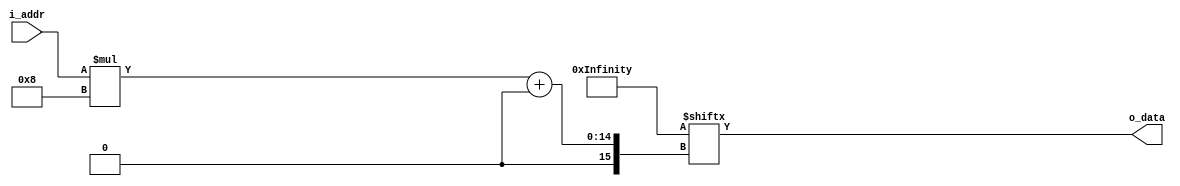
// This program was cloned from: https://github.com/Efinix-Inc/xyloni
// License: MIT License

module ov5640_reg
(
	input	[9:0]i_addr,
	output	[7:0]o_data
);

wire	[(1024*8)-1:0]w_ov5640_reg;
//Initial Setting
assign	{w_ov5640_reg[(0  *24)+0*8+:8], w_ov5640_reg[(0  *24)+1*8+:8], w_ov5640_reg[(0  *24)+2*8+:8]}	= 24'h310311; // PLL Clock Select [7:2]DEBUG MODE [1]:PLL From Pad [0] DEBUG MODE
assign	{w_ov5640_reg[(1  *24)+0*8+:8], w_ov5640_reg[(1  *24)+1*8+:8], w_ov5640_reg[(1  *24)+2*8+:8]}	= 24'h300882; //SYSTEM CTROL0 System Control [7] Softwre Reset [6] Software Power Down [5:0] Debug mode
assign	{w_ov5640_reg[(2  *24)+0*8+:8], w_ov5640_reg[(2  *24)+1*8+:8], w_ov5640_reg[(2  *24)+2*8+:8]}	= 24'h300842; //SYSTEM CTROL0 System Control [7] Softwre Reset [6] Software Power Down [5:0] Debug mode
assign	{w_ov5640_reg[(3  *24)+0*8+:8], w_ov5640_reg[(3  *24)+1*8+:8], w_ov5640_reg[(3  *24)+2*8+:8]}	= 24'h310303; //SCCB SYSTEM CTRL1 PLL Clock Select [7:2]DEBUG MODE [1]:PLL From Pad [0] DEBUG MODE
assign	{w_ov5640_reg[(4  *24)+0*8+:8], w_ov5640_reg[(4  *24)+1*8+:8], w_ov5640_reg[(4  *24)+2*8+:8]}	= 24'h3017ff; //PAD OUTPUT ENABLE 01 Input/Output Control (0: input; 1: output) [7]FREX OUTPUT EN [6] VSYNC OUTPUT ENA [5] HREF OUTPUT ENA [4] PCLK OUTPUT ENA [3:0] D[9:6] OUTPUT ENA
assign	{w_ov5640_reg[(5  *24)+0*8+:8], w_ov5640_reg[(5  *24)+1*8+:8], w_ov5640_reg[(5  *24)+2*8+:8]}	= 24'h302c02; //PAD CONTROL 00 Pad Control [7:6] OUTPUT DRIVE CAPABILITY 00:1x 01:2x 10:3x 11:4x [5:2] DEBUG MODE [1]FREX ENA [0] DEBUG MODE
assign	{w_ov5640_reg[(6  *24)+0*8+:8], w_ov5640_reg[(6  *24)+1*8+:8], w_ov5640_reg[(6  *24)+2*8+:8]}	= 24'h3018ff; //PAD OUTPUT ENABLE 02 Input/Output Control (0: input; 1: output) [7:2] D[5:0] OUTPUT ENA [1] GPIO1 OUTPUT ENA [0] GPIO0 OUTPUT ENA
assign	{w_ov5640_reg[(7  *24)+0*8+:8], w_ov5640_reg[(7  *24)+1*8+:8], w_ov5640_reg[(7  *24)+2*8+:8]}	= 24'h30341A; //SC PLL CONTRL0 [7] DEBUG MODE [6:4] PLL CHARGE PUMP CONTORL [3:0] SACLE DIVIDER FOR MIPI
assign	{w_ov5640_reg[(8  *24)+0*8+:8], w_ov5640_reg[(8  *24)+1*8+:8], w_ov5640_reg[(8  *24)+2*8+:8]}	= 24'h303713; //SC PLL CONTRL3 [7:5] DEBUG MODE [4] PLL ROOT DIVIDER 0:BYPASS 1:DIV2 [3:0] PLL PRE-DIVIDER 1,2,3,4,6,8
assign	{w_ov5640_reg[(9  *24)+0*8+:8], w_ov5640_reg[(9  *24)+1*8+:8], w_ov5640_reg[(9  *24)+2*8+:8]}	= 24'h310801; //PAD OUTPUT ENABLE 02 Input/Output Control (0: input; 1: output) [7:2] D[5:0] OUTPUT ENA [1] GPIO1 OUTPUT ENA [0] GPIO0 OUTPUT ENA
assign	{w_ov5640_reg[(10 *24)+0*8+:8], w_ov5640_reg[(10 *24)+1*8+:8], w_ov5640_reg[(10 *24)+2*8+:8]}	= 24'h363036; //
assign	{w_ov5640_reg[(11 *24)+0*8+:8], w_ov5640_reg[(11 *24)+1*8+:8], w_ov5640_reg[(11 *24)+2*8+:8]}	= 24'h36310e;
assign	{w_ov5640_reg[(12 *24)+0*8+:8], w_ov5640_reg[(12 *24)+1*8+:8], w_ov5640_reg[(12 *24)+2*8+:8]}	= 24'h3632e2;
assign	{w_ov5640_reg[(13 *24)+0*8+:8], w_ov5640_reg[(13 *24)+1*8+:8], w_ov5640_reg[(13 *24)+2*8+:8]}	= 24'h363312;
assign	{w_ov5640_reg[(14 *24)+0*8+:8], w_ov5640_reg[(14 *24)+1*8+:8], w_ov5640_reg[(14 *24)+2*8+:8]}	= 24'h3621e0;
assign	{w_ov5640_reg[(15 *24)+0*8+:8], w_ov5640_reg[(15 *24)+1*8+:8], w_ov5640_reg[(15 *24)+2*8+:8]}	= 24'h3704a0;
assign	{w_ov5640_reg[(16 *24)+0*8+:8], w_ov5640_reg[(16 *24)+1*8+:8], w_ov5640_reg[(16 *24)+2*8+:8]}	= 24'h37035a;
assign	{w_ov5640_reg[(17 *24)+0*8+:8], w_ov5640_reg[(17 *24)+1*8+:8], w_ov5640_reg[(17 *24)+2*8+:8]}	= 24'h371578;
assign	{w_ov5640_reg[(18 *24)+0*8+:8], w_ov5640_reg[(18 *24)+1*8+:8], w_ov5640_reg[(18 *24)+2*8+:8]}	= 24'h371701;
assign	{w_ov5640_reg[(19 *24)+0*8+:8], w_ov5640_reg[(19 *24)+1*8+:8], w_ov5640_reg[(19 *24)+2*8+:8]}	= 24'h370b60;
assign	{w_ov5640_reg[(20 *24)+0*8+:8], w_ov5640_reg[(20 *24)+1*8+:8], w_ov5640_reg[(20 *24)+2*8+:8]}	= 24'h37051a;
assign	{w_ov5640_reg[(21 *24)+0*8+:8], w_ov5640_reg[(21 *24)+1*8+:8], w_ov5640_reg[(21 *24)+2*8+:8]}	= 24'h390502;
assign	{w_ov5640_reg[(22 *24)+0*8+:8], w_ov5640_reg[(22 *24)+1*8+:8], w_ov5640_reg[(22 *24)+2*8+:8]}	= 24'h390610;
assign	{w_ov5640_reg[(23 *24)+0*8+:8], w_ov5640_reg[(23 *24)+1*8+:8], w_ov5640_reg[(23 *24)+2*8+:8]}	= 24'h39010a;
assign	{w_ov5640_reg[(24 *24)+0*8+:8], w_ov5640_reg[(24 *24)+1*8+:8], w_ov5640_reg[(24 *24)+2*8+:8]}	= 24'h373112;
assign	{w_ov5640_reg[(25 *24)+0*8+:8], w_ov5640_reg[(25 *24)+1*8+:8], w_ov5640_reg[(25 *24)+2*8+:8]}	= 24'h360008;
assign	{w_ov5640_reg[(26 *24)+0*8+:8], w_ov5640_reg[(26 *24)+1*8+:8], w_ov5640_reg[(26 *24)+2*8+:8]}	= 24'h360133;
assign	{w_ov5640_reg[(27 *24)+0*8+:8], w_ov5640_reg[(27 *24)+1*8+:8], w_ov5640_reg[(27 *24)+2*8+:8]}	= 24'h302d60;
assign	{w_ov5640_reg[(28 *24)+0*8+:8], w_ov5640_reg[(28 *24)+1*8+:8], w_ov5640_reg[(28 *24)+2*8+:8]}	= 24'h362052;
assign	{w_ov5640_reg[(29 *24)+0*8+:8], w_ov5640_reg[(29 *24)+1*8+:8], w_ov5640_reg[(29 *24)+2*8+:8]}	= 24'h371b20;
assign	{w_ov5640_reg[(30 *24)+0*8+:8], w_ov5640_reg[(30 *24)+1*8+:8], w_ov5640_reg[(30 *24)+2*8+:8]}	= 24'h471c50;
assign	{w_ov5640_reg[(31 *24)+0*8+:8], w_ov5640_reg[(31 *24)+1*8+:8], w_ov5640_reg[(31 *24)+2*8+:8]}	= 24'h3a1343;
assign	{w_ov5640_reg[(32 *24)+0*8+:8], w_ov5640_reg[(32 *24)+1*8+:8], w_ov5640_reg[(32 *24)+2*8+:8]}	= 24'h3a1800;
assign	{w_ov5640_reg[(33 *24)+0*8+:8], w_ov5640_reg[(33 *24)+1*8+:8], w_ov5640_reg[(33 *24)+2*8+:8]}	= 24'h3a19f8;
assign	{w_ov5640_reg[(34 *24)+0*8+:8], w_ov5640_reg[(34 *24)+1*8+:8], w_ov5640_reg[(34 *24)+2*8+:8]}	= 24'h363513;
assign	{w_ov5640_reg[(35 *24)+0*8+:8], w_ov5640_reg[(35 *24)+1*8+:8], w_ov5640_reg[(35 *24)+2*8+:8]}	= 24'h363603;
assign	{w_ov5640_reg[(36 *24)+0*8+:8], w_ov5640_reg[(36 *24)+1*8+:8], w_ov5640_reg[(36 *24)+2*8+:8]}	= 24'h363440;
assign	{w_ov5640_reg[(37 *24)+0*8+:8], w_ov5640_reg[(37 *24)+1*8+:8], w_ov5640_reg[(37 *24)+2*8+:8]}	= 24'h362201;
// 50/60Hz detection
assign	{w_ov5640_reg[(38 *24)+0*8+:8], w_ov5640_reg[(38 *24)+1*8+:8], w_ov5640_reg[(38 *24)+2*8+:8]}	= 24'h3c0134;
assign	{w_ov5640_reg[(39 *24)+0*8+:8], w_ov5640_reg[(39 *24)+1*8+:8], w_ov5640_reg[(39 *24)+2*8+:8]}	= 24'h3c0428;
assign	{w_ov5640_reg[(40 *24)+0*8+:8], w_ov5640_reg[(40 *24)+1*8+:8], w_ov5640_reg[(40 *24)+2*8+:8]}	= 24'h3c0598;
assign	{w_ov5640_reg[(41 *24)+0*8+:8], w_ov5640_reg[(41 *24)+1*8+:8], w_ov5640_reg[(41 *24)+2*8+:8]}	= 24'h3c0600;
assign	{w_ov5640_reg[(42 *24)+0*8+:8], w_ov5640_reg[(42 *24)+1*8+:8], w_ov5640_reg[(42 *24)+2*8+:8]}	= 24'h3c0708;
assign	{w_ov5640_reg[(43 *24)+0*8+:8], w_ov5640_reg[(43 *24)+1*8+:8], w_ov5640_reg[(43 *24)+2*8+:8]}	= 24'h3c0800;
assign	{w_ov5640_reg[(44 *24)+0*8+:8], w_ov5640_reg[(44 *24)+1*8+:8], w_ov5640_reg[(44 *24)+2*8+:8]}	= 24'h3c091c;
assign	{w_ov5640_reg[(45 *24)+0*8+:8], w_ov5640_reg[(45 *24)+1*8+:8], w_ov5640_reg[(45 *24)+2*8+:8]}	= 24'h3c0a9c;
assign	{w_ov5640_reg[(46 *24)+0*8+:8], w_ov5640_reg[(46 *24)+1*8+:8], w_ov5640_reg[(46 *24)+2*8+:8]}	= 24'h3c0b40;
assign	{w_ov5640_reg[(47 *24)+0*8+:8], w_ov5640_reg[(47 *24)+1*8+:8], w_ov5640_reg[(47 *24)+2*8+:8]}	= 24'h381000;
assign	{w_ov5640_reg[(48 *24)+0*8+:8], w_ov5640_reg[(48 *24)+1*8+:8], w_ov5640_reg[(48 *24)+2*8+:8]}	= 24'h381110;
assign	{w_ov5640_reg[(49 *24)+0*8+:8], w_ov5640_reg[(49 *24)+1*8+:8], w_ov5640_reg[(49 *24)+2*8+:8]}	= 24'h381200;
assign	{w_ov5640_reg[(50 *24)+0*8+:8], w_ov5640_reg[(50 *24)+1*8+:8], w_ov5640_reg[(50 *24)+2*8+:8]}	= 24'h370864;
assign	{w_ov5640_reg[(51 *24)+0*8+:8], w_ov5640_reg[(51 *24)+1*8+:8], w_ov5640_reg[(51 *24)+2*8+:8]}	= 24'h400102;
assign	{w_ov5640_reg[(52 *24)+0*8+:8], w_ov5640_reg[(52 *24)+1*8+:8], w_ov5640_reg[(52 *24)+2*8+:8]}	= 24'h40051a;
assign	{w_ov5640_reg[(53 *24)+0*8+:8], w_ov5640_reg[(53 *24)+1*8+:8], w_ov5640_reg[(53 *24)+2*8+:8]}	= 24'h300000;
assign	{w_ov5640_reg[(54 *24)+0*8+:8], w_ov5640_reg[(54 *24)+1*8+:8], w_ov5640_reg[(54 *24)+2*8+:8]}	= 24'h3004ff;
assign	{w_ov5640_reg[(55 *24)+0*8+:8], w_ov5640_reg[(55 *24)+1*8+:8], w_ov5640_reg[(55 *24)+2*8+:8]}	= 24'h300e58;
assign	{w_ov5640_reg[(56 *24)+0*8+:8], w_ov5640_reg[(56 *24)+1*8+:8], w_ov5640_reg[(56 *24)+2*8+:8]}	= 24'h302e00;
assign	{w_ov5640_reg[(57 *24)+0*8+:8], w_ov5640_reg[(57 *24)+1*8+:8], w_ov5640_reg[(57 *24)+2*8+:8]}	= 24'h430060;
assign	{w_ov5640_reg[(58 *24)+0*8+:8], w_ov5640_reg[(58 *24)+1*8+:8], w_ov5640_reg[(58 *24)+2*8+:8]}	= 24'h501f01;
assign	{w_ov5640_reg[(59 *24)+0*8+:8], w_ov5640_reg[(59 *24)+1*8+:8], w_ov5640_reg[(59 *24)+2*8+:8]}	= 24'h440e00;
assign	{w_ov5640_reg[(60 *24)+0*8+:8], w_ov5640_reg[(60 *24)+1*8+:8], w_ov5640_reg[(60 *24)+2*8+:8]}	= 24'h5000a7;
// AEC target
assign	{w_ov5640_reg[(61 *24)+0*8+:8], w_ov5640_reg[(61 *24)+1*8+:8], w_ov5640_reg[(61 *24)+2*8+:8]}	= 24'h3a0f30;
assign	{w_ov5640_reg[(62 *24)+0*8+:8], w_ov5640_reg[(62 *24)+1*8+:8], w_ov5640_reg[(62 *24)+2*8+:8]}	= 24'h3a1028;
assign	{w_ov5640_reg[(63 *24)+0*8+:8], w_ov5640_reg[(63 *24)+1*8+:8], w_ov5640_reg[(63 *24)+2*8+:8]}	= 24'h3a1b30;
assign	{w_ov5640_reg[(64 *24)+0*8+:8], w_ov5640_reg[(64 *24)+1*8+:8], w_ov5640_reg[(64 *24)+2*8+:8]}	= 24'h3a1e26;
assign	{w_ov5640_reg[(65 *24)+0*8+:8], w_ov5640_reg[(65 *24)+1*8+:8], w_ov5640_reg[(65 *24)+2*8+:8]}	= 24'h3a1160;
assign	{w_ov5640_reg[(66 *24)+0*8+:8], w_ov5640_reg[(66 *24)+1*8+:8], w_ov5640_reg[(66 *24)+2*8+:8]}	= 24'h3a1f14;
// Lens correction 
assign	{w_ov5640_reg[(67 *24)+0*8+:8], w_ov5640_reg[(67 *24)+1*8+:8], w_ov5640_reg[(67 *24)+2*8+:8]}	= 24'h580023;
assign	{w_ov5640_reg[(68 *24)+0*8+:8], w_ov5640_reg[(68 *24)+1*8+:8], w_ov5640_reg[(68 *24)+2*8+:8]}	= 24'h580114;
assign	{w_ov5640_reg[(69 *24)+0*8+:8], w_ov5640_reg[(69 *24)+1*8+:8], w_ov5640_reg[(69 *24)+2*8+:8]}	= 24'h58020f;
assign	{w_ov5640_reg[(70 *24)+0*8+:8], w_ov5640_reg[(70 *24)+1*8+:8], w_ov5640_reg[(70 *24)+2*8+:8]}	= 24'h58030f;
assign	{w_ov5640_reg[(71 *24)+0*8+:8], w_ov5640_reg[(71 *24)+1*8+:8], w_ov5640_reg[(71 *24)+2*8+:8]}	= 24'h580412;
assign	{w_ov5640_reg[(72 *24)+0*8+:8], w_ov5640_reg[(72 *24)+1*8+:8], w_ov5640_reg[(72 *24)+2*8+:8]}	= 24'h580526;
assign	{w_ov5640_reg[(73 *24)+0*8+:8], w_ov5640_reg[(73 *24)+1*8+:8], w_ov5640_reg[(73 *24)+2*8+:8]}	= 24'h58060c;
assign	{w_ov5640_reg[(74 *24)+0*8+:8], w_ov5640_reg[(74 *24)+1*8+:8], w_ov5640_reg[(74 *24)+2*8+:8]}	= 24'h580708;
assign	{w_ov5640_reg[(75 *24)+0*8+:8], w_ov5640_reg[(75 *24)+1*8+:8], w_ov5640_reg[(75 *24)+2*8+:8]}	= 24'h580805;
assign	{w_ov5640_reg[(76 *24)+0*8+:8], w_ov5640_reg[(76 *24)+1*8+:8], w_ov5640_reg[(76 *24)+2*8+:8]}	= 24'h580905;
assign	{w_ov5640_reg[(77 *24)+0*8+:8], w_ov5640_reg[(77 *24)+1*8+:8], w_ov5640_reg[(77 *24)+2*8+:8]}	= 24'h580a08;
assign	{w_ov5640_reg[(78 *24)+0*8+:8], w_ov5640_reg[(78 *24)+1*8+:8], w_ov5640_reg[(78 *24)+2*8+:8]}	= 24'h580b0d;
assign	{w_ov5640_reg[(79 *24)+0*8+:8], w_ov5640_reg[(79 *24)+1*8+:8], w_ov5640_reg[(79 *24)+2*8+:8]}	= 24'h580c08;
assign	{w_ov5640_reg[(80 *24)+0*8+:8], w_ov5640_reg[(80 *24)+1*8+:8], w_ov5640_reg[(80 *24)+2*8+:8]}	= 24'h580d03;
assign	{w_ov5640_reg[(81 *24)+0*8+:8], w_ov5640_reg[(81 *24)+1*8+:8], w_ov5640_reg[(81 *24)+2*8+:8]}	= 24'h580e00;
assign	{w_ov5640_reg[(82 *24)+0*8+:8], w_ov5640_reg[(82 *24)+1*8+:8], w_ov5640_reg[(82 *24)+2*8+:8]}	= 24'h580f00;
assign	{w_ov5640_reg[(83 *24)+0*8+:8], w_ov5640_reg[(83 *24)+1*8+:8], w_ov5640_reg[(83 *24)+2*8+:8]}	= 24'h581003;
assign	{w_ov5640_reg[(84 *24)+0*8+:8], w_ov5640_reg[(84 *24)+1*8+:8], w_ov5640_reg[(84 *24)+2*8+:8]}	= 24'h581109;
assign	{w_ov5640_reg[(85 *24)+0*8+:8], w_ov5640_reg[(85 *24)+1*8+:8], w_ov5640_reg[(85 *24)+2*8+:8]}	= 24'h581207;
assign	{w_ov5640_reg[(86 *24)+0*8+:8], w_ov5640_reg[(86 *24)+1*8+:8], w_ov5640_reg[(86 *24)+2*8+:8]}	= 24'h581303;
assign	{w_ov5640_reg[(87 *24)+0*8+:8], w_ov5640_reg[(87 *24)+1*8+:8], w_ov5640_reg[(87 *24)+2*8+:8]}	= 24'h581400;
assign	{w_ov5640_reg[(88 *24)+0*8+:8], w_ov5640_reg[(88 *24)+1*8+:8], w_ov5640_reg[(88 *24)+2*8+:8]}	= 24'h581501;
assign	{w_ov5640_reg[(89 *24)+0*8+:8], w_ov5640_reg[(89 *24)+1*8+:8], w_ov5640_reg[(89 *24)+2*8+:8]}	= 24'h581603;
assign	{w_ov5640_reg[(90 *24)+0*8+:8], w_ov5640_reg[(90 *24)+1*8+:8], w_ov5640_reg[(90 *24)+2*8+:8]}	= 24'h581708;
assign	{w_ov5640_reg[(91 *24)+0*8+:8], w_ov5640_reg[(91 *24)+1*8+:8], w_ov5640_reg[(91 *24)+2*8+:8]}	= 24'h58180d;
assign	{w_ov5640_reg[(92 *24)+0*8+:8], w_ov5640_reg[(92 *24)+1*8+:8], w_ov5640_reg[(92 *24)+2*8+:8]}	= 24'h581908;
assign	{w_ov5640_reg[(93 *24)+0*8+:8], w_ov5640_reg[(93 *24)+1*8+:8], w_ov5640_reg[(93 *24)+2*8+:8]}	= 24'h581a05;
assign	{w_ov5640_reg[(94 *24)+0*8+:8], w_ov5640_reg[(94 *24)+1*8+:8], w_ov5640_reg[(94 *24)+2*8+:8]}	= 24'h581b06;
assign	{w_ov5640_reg[(95 *24)+0*8+:8], w_ov5640_reg[(95 *24)+1*8+:8], w_ov5640_reg[(95 *24)+2*8+:8]}	= 24'h581c08;
assign	{w_ov5640_reg[(96 *24)+0*8+:8], w_ov5640_reg[(96 *24)+1*8+:8], w_ov5640_reg[(96 *24)+2*8+:8]}	= 24'h581d0e;
assign	{w_ov5640_reg[(97 *24)+0*8+:8], w_ov5640_reg[(97 *24)+1*8+:8], w_ov5640_reg[(97 *24)+2*8+:8]}	= 24'h581e29;
assign	{w_ov5640_reg[(98 *24)+0*8+:8], w_ov5640_reg[(98 *24)+1*8+:8], w_ov5640_reg[(98 *24)+2*8+:8]}	= 24'h581f17;
assign	{w_ov5640_reg[(99 *24)+0*8+:8], w_ov5640_reg[(99 *24)+1*8+:8], w_ov5640_reg[(99 *24)+2*8+:8]}	= 24'h582011;
assign	{w_ov5640_reg[(100*24)+0*8+:8], w_ov5640_reg[(100*24)+1*8+:8], w_ov5640_reg[(100*24)+2*8+:8]}	= 24'h582111;
assign	{w_ov5640_reg[(101*24)+0*8+:8], w_ov5640_reg[(101*24)+1*8+:8], w_ov5640_reg[(101*24)+2*8+:8]}	= 24'h582215;
assign	{w_ov5640_reg[(102*24)+0*8+:8], w_ov5640_reg[(102*24)+1*8+:8], w_ov5640_reg[(102*24)+2*8+:8]}	= 24'h582328;
assign	{w_ov5640_reg[(103*24)+0*8+:8], w_ov5640_reg[(103*24)+1*8+:8], w_ov5640_reg[(103*24)+2*8+:8]}	= 24'h582446;
assign	{w_ov5640_reg[(104*24)+0*8+:8], w_ov5640_reg[(104*24)+1*8+:8], w_ov5640_reg[(104*24)+2*8+:8]}	= 24'h582526;
assign	{w_ov5640_reg[(105*24)+0*8+:8], w_ov5640_reg[(105*24)+1*8+:8], w_ov5640_reg[(105*24)+2*8+:8]}	= 24'h582608;
assign	{w_ov5640_reg[(106*24)+0*8+:8], w_ov5640_reg[(106*24)+1*8+:8], w_ov5640_reg[(106*24)+2*8+:8]}	= 24'h582726;
assign	{w_ov5640_reg[(107*24)+0*8+:8], w_ov5640_reg[(107*24)+1*8+:8], w_ov5640_reg[(107*24)+2*8+:8]}	= 24'h582864;
assign	{w_ov5640_reg[(108*24)+0*8+:8], w_ov5640_reg[(108*24)+1*8+:8], w_ov5640_reg[(108*24)+2*8+:8]}	= 24'h582926;
assign	{w_ov5640_reg[(109*24)+0*8+:8], w_ov5640_reg[(109*24)+1*8+:8], w_ov5640_reg[(109*24)+2*8+:8]}	= 24'h582a24;
assign	{w_ov5640_reg[(110*24)+0*8+:8], w_ov5640_reg[(110*24)+1*8+:8], w_ov5640_reg[(110*24)+2*8+:8]}	= 24'h582b22;
assign	{w_ov5640_reg[(111*24)+0*8+:8], w_ov5640_reg[(111*24)+1*8+:8], w_ov5640_reg[(111*24)+2*8+:8]}	= 24'h582c24;
assign	{w_ov5640_reg[(112*24)+0*8+:8], w_ov5640_reg[(112*24)+1*8+:8], w_ov5640_reg[(112*24)+2*8+:8]}	= 24'h582d24;
assign	{w_ov5640_reg[(113*24)+0*8+:8], w_ov5640_reg[(113*24)+1*8+:8], w_ov5640_reg[(113*24)+2*8+:8]}	= 24'h582e06;
assign	{w_ov5640_reg[(114*24)+0*8+:8], w_ov5640_reg[(114*24)+1*8+:8], w_ov5640_reg[(114*24)+2*8+:8]}	= 24'h582f22;
assign	{w_ov5640_reg[(115*24)+0*8+:8], w_ov5640_reg[(115*24)+1*8+:8], w_ov5640_reg[(115*24)+2*8+:8]}	= 24'h583040;
assign	{w_ov5640_reg[(116*24)+0*8+:8], w_ov5640_reg[(116*24)+1*8+:8], w_ov5640_reg[(116*24)+2*8+:8]}	= 24'h583142;
assign	{w_ov5640_reg[(117*24)+0*8+:8], w_ov5640_reg[(117*24)+1*8+:8], w_ov5640_reg[(117*24)+2*8+:8]}	= 24'h583224;
assign	{w_ov5640_reg[(118*24)+0*8+:8], w_ov5640_reg[(118*24)+1*8+:8], w_ov5640_reg[(118*24)+2*8+:8]}	= 24'h583326;
assign	{w_ov5640_reg[(119*24)+0*8+:8], w_ov5640_reg[(119*24)+1*8+:8], w_ov5640_reg[(119*24)+2*8+:8]}	= 24'h583424;
assign	{w_ov5640_reg[(120*24)+0*8+:8], w_ov5640_reg[(120*24)+1*8+:8], w_ov5640_reg[(120*24)+2*8+:8]}	= 24'h583522;
assign	{w_ov5640_reg[(121*24)+0*8+:8], w_ov5640_reg[(121*24)+1*8+:8], w_ov5640_reg[(121*24)+2*8+:8]}	= 24'h583622;
assign	{w_ov5640_reg[(122*24)+0*8+:8], w_ov5640_reg[(122*24)+1*8+:8], w_ov5640_reg[(122*24)+2*8+:8]}	= 24'h583726;
assign	{w_ov5640_reg[(123*24)+0*8+:8], w_ov5640_reg[(123*24)+1*8+:8], w_ov5640_reg[(123*24)+2*8+:8]}	= 24'h583844;
assign	{w_ov5640_reg[(124*24)+0*8+:8], w_ov5640_reg[(124*24)+1*8+:8], w_ov5640_reg[(124*24)+2*8+:8]}	= 24'h583924;
assign	{w_ov5640_reg[(125*24)+0*8+:8], w_ov5640_reg[(125*24)+1*8+:8], w_ov5640_reg[(125*24)+2*8+:8]}	= 24'h583a26;
assign	{w_ov5640_reg[(126*24)+0*8+:8], w_ov5640_reg[(126*24)+1*8+:8], w_ov5640_reg[(126*24)+2*8+:8]}	= 24'h583b28;
assign	{w_ov5640_reg[(127*24)+0*8+:8], w_ov5640_reg[(127*24)+1*8+:8], w_ov5640_reg[(127*24)+2*8+:8]}	= 24'h583c42;
assign	{w_ov5640_reg[(128*24)+0*8+:8], w_ov5640_reg[(128*24)+1*8+:8], w_ov5640_reg[(128*24)+2*8+:8]}	= 24'h583dce;
//AWB
assign	{w_ov5640_reg[(129*24)+0*8+:8], w_ov5640_reg[(129*24)+1*8+:8], w_ov5640_reg[(129*24)+2*8+:8]}	= 24'h5180ff;
assign	{w_ov5640_reg[(130*24)+0*8+:8], w_ov5640_reg[(130*24)+1*8+:8], w_ov5640_reg[(130*24)+2*8+:8]}	= 24'h5181f2;
assign	{w_ov5640_reg[(131*24)+0*8+:8], w_ov5640_reg[(131*24)+1*8+:8], w_ov5640_reg[(131*24)+2*8+:8]}	= 24'h518200;
assign	{w_ov5640_reg[(132*24)+0*8+:8], w_ov5640_reg[(132*24)+1*8+:8], w_ov5640_reg[(132*24)+2*8+:8]}	= 24'h518314;
assign	{w_ov5640_reg[(133*24)+0*8+:8], w_ov5640_reg[(133*24)+1*8+:8], w_ov5640_reg[(133*24)+2*8+:8]}	= 24'h518425;
assign	{w_ov5640_reg[(134*24)+0*8+:8], w_ov5640_reg[(134*24)+1*8+:8], w_ov5640_reg[(134*24)+2*8+:8]}	= 24'h518524;
assign	{w_ov5640_reg[(135*24)+0*8+:8], w_ov5640_reg[(135*24)+1*8+:8], w_ov5640_reg[(135*24)+2*8+:8]}	= 24'h518609;
assign	{w_ov5640_reg[(136*24)+0*8+:8], w_ov5640_reg[(136*24)+1*8+:8], w_ov5640_reg[(136*24)+2*8+:8]}	= 24'h518709;
assign	{w_ov5640_reg[(137*24)+0*8+:8], w_ov5640_reg[(137*24)+1*8+:8], w_ov5640_reg[(137*24)+2*8+:8]}	= 24'h518809;
assign	{w_ov5640_reg[(138*24)+0*8+:8], w_ov5640_reg[(138*24)+1*8+:8], w_ov5640_reg[(138*24)+2*8+:8]}	= 24'h518975;
assign	{w_ov5640_reg[(139*24)+0*8+:8], w_ov5640_reg[(139*24)+1*8+:8], w_ov5640_reg[(139*24)+2*8+:8]}	= 24'h518a54;
assign	{w_ov5640_reg[(140*24)+0*8+:8], w_ov5640_reg[(140*24)+1*8+:8], w_ov5640_reg[(140*24)+2*8+:8]}	= 24'h518be0;
assign	{w_ov5640_reg[(141*24)+0*8+:8], w_ov5640_reg[(141*24)+1*8+:8], w_ov5640_reg[(141*24)+2*8+:8]}	= 24'h518cb2;
assign	{w_ov5640_reg[(142*24)+0*8+:8], w_ov5640_reg[(142*24)+1*8+:8], w_ov5640_reg[(142*24)+2*8+:8]}	= 24'h518d42;
assign	{w_ov5640_reg[(143*24)+0*8+:8], w_ov5640_reg[(143*24)+1*8+:8], w_ov5640_reg[(143*24)+2*8+:8]}	= 24'h518e3d;
assign	{w_ov5640_reg[(144*24)+0*8+:8], w_ov5640_reg[(144*24)+1*8+:8], w_ov5640_reg[(144*24)+2*8+:8]}	= 24'h518f56;
assign	{w_ov5640_reg[(145*24)+0*8+:8], w_ov5640_reg[(145*24)+1*8+:8], w_ov5640_reg[(145*24)+2*8+:8]}	= 24'h519046;
assign	{w_ov5640_reg[(146*24)+0*8+:8], w_ov5640_reg[(146*24)+1*8+:8], w_ov5640_reg[(146*24)+2*8+:8]}	= 24'h5191f8;
assign	{w_ov5640_reg[(147*24)+0*8+:8], w_ov5640_reg[(147*24)+1*8+:8], w_ov5640_reg[(147*24)+2*8+:8]}	= 24'h519204;
assign	{w_ov5640_reg[(148*24)+0*8+:8], w_ov5640_reg[(148*24)+1*8+:8], w_ov5640_reg[(148*24)+2*8+:8]}	= 24'h5193f0;
assign	{w_ov5640_reg[(149*24)+0*8+:8], w_ov5640_reg[(149*24)+1*8+:8], w_ov5640_reg[(149*24)+2*8+:8]}	= 24'h519470;
assign	{w_ov5640_reg[(150*24)+0*8+:8], w_ov5640_reg[(150*24)+1*8+:8], w_ov5640_reg[(150*24)+2*8+:8]}	= 24'h5195f0;
assign	{w_ov5640_reg[(151*24)+0*8+:8], w_ov5640_reg[(151*24)+1*8+:8], w_ov5640_reg[(151*24)+2*8+:8]}	= 24'h519603;
assign	{w_ov5640_reg[(152*24)+0*8+:8], w_ov5640_reg[(152*24)+1*8+:8], w_ov5640_reg[(152*24)+2*8+:8]}	= 24'h519701;
assign	{w_ov5640_reg[(153*24)+0*8+:8], w_ov5640_reg[(153*24)+1*8+:8], w_ov5640_reg[(153*24)+2*8+:8]}	= 24'h519804;
assign	{w_ov5640_reg[(154*24)+0*8+:8], w_ov5640_reg[(154*24)+1*8+:8], w_ov5640_reg[(154*24)+2*8+:8]}	= 24'h519912;
assign	{w_ov5640_reg[(155*24)+0*8+:8], w_ov5640_reg[(155*24)+1*8+:8], w_ov5640_reg[(155*24)+2*8+:8]}	= 24'h519a04;
assign	{w_ov5640_reg[(156*24)+0*8+:8], w_ov5640_reg[(156*24)+1*8+:8], w_ov5640_reg[(156*24)+2*8+:8]}	= 24'h519b00;
assign	{w_ov5640_reg[(157*24)+0*8+:8], w_ov5640_reg[(157*24)+1*8+:8], w_ov5640_reg[(157*24)+2*8+:8]}	= 24'h519c06;
assign	{w_ov5640_reg[(158*24)+0*8+:8], w_ov5640_reg[(158*24)+1*8+:8], w_ov5640_reg[(158*24)+2*8+:8]}	= 24'h519d82;
assign	{w_ov5640_reg[(159*24)+0*8+:8], w_ov5640_reg[(159*24)+1*8+:8], w_ov5640_reg[(159*24)+2*8+:8]}	= 24'h519e38;
// Gamma
assign	{w_ov5640_reg[(160*24)+0*8+:8], w_ov5640_reg[(160*24)+1*8+:8], w_ov5640_reg[(160*24)+2*8+:8]}	= 24'h548001;
assign	{w_ov5640_reg[(161*24)+0*8+:8], w_ov5640_reg[(161*24)+1*8+:8], w_ov5640_reg[(161*24)+2*8+:8]}	= 24'h548108;
assign	{w_ov5640_reg[(162*24)+0*8+:8], w_ov5640_reg[(162*24)+1*8+:8], w_ov5640_reg[(162*24)+2*8+:8]}	= 24'h548214;
assign	{w_ov5640_reg[(163*24)+0*8+:8], w_ov5640_reg[(163*24)+1*8+:8], w_ov5640_reg[(163*24)+2*8+:8]}	= 24'h548328;
assign	{w_ov5640_reg[(164*24)+0*8+:8], w_ov5640_reg[(164*24)+1*8+:8], w_ov5640_reg[(164*24)+2*8+:8]}	= 24'h548451;
assign	{w_ov5640_reg[(165*24)+0*8+:8], w_ov5640_reg[(165*24)+1*8+:8], w_ov5640_reg[(165*24)+2*8+:8]}	= 24'h548565;
assign	{w_ov5640_reg[(166*24)+0*8+:8], w_ov5640_reg[(166*24)+1*8+:8], w_ov5640_reg[(166*24)+2*8+:8]}	= 24'h548671;
assign	{w_ov5640_reg[(167*24)+0*8+:8], w_ov5640_reg[(167*24)+1*8+:8], w_ov5640_reg[(167*24)+2*8+:8]}	= 24'h54877d;
assign	{w_ov5640_reg[(168*24)+0*8+:8], w_ov5640_reg[(168*24)+1*8+:8], w_ov5640_reg[(168*24)+2*8+:8]}	= 24'h548887;
assign	{w_ov5640_reg[(169*24)+0*8+:8], w_ov5640_reg[(169*24)+1*8+:8], w_ov5640_reg[(169*24)+2*8+:8]}	= 24'h548991;
assign	{w_ov5640_reg[(170*24)+0*8+:8], w_ov5640_reg[(170*24)+1*8+:8], w_ov5640_reg[(170*24)+2*8+:8]}	= 24'h548a9a;
assign	{w_ov5640_reg[(171*24)+0*8+:8], w_ov5640_reg[(171*24)+1*8+:8], w_ov5640_reg[(171*24)+2*8+:8]}	= 24'h548baa;
assign	{w_ov5640_reg[(172*24)+0*8+:8], w_ov5640_reg[(172*24)+1*8+:8], w_ov5640_reg[(172*24)+2*8+:8]}	= 24'h548cb8;
assign	{w_ov5640_reg[(173*24)+0*8+:8], w_ov5640_reg[(173*24)+1*8+:8], w_ov5640_reg[(173*24)+2*8+:8]}	= 24'h548dcd;
assign	{w_ov5640_reg[(174*24)+0*8+:8], w_ov5640_reg[(174*24)+1*8+:8], w_ov5640_reg[(174*24)+2*8+:8]}	= 24'h548edd;
assign	{w_ov5640_reg[(175*24)+0*8+:8], w_ov5640_reg[(175*24)+1*8+:8], w_ov5640_reg[(175*24)+2*8+:8]}	= 24'h548fea;
assign	{w_ov5640_reg[(176*24)+0*8+:8], w_ov5640_reg[(176*24)+1*8+:8], w_ov5640_reg[(176*24)+2*8+:8]}	= 24'h54901d;
// color matrix
assign	{w_ov5640_reg[(177*24)+0*8+:8], w_ov5640_reg[(177*24)+1*8+:8], w_ov5640_reg[(177*24)+2*8+:8]}	= 24'h53811e;
assign	{w_ov5640_reg[(178*24)+0*8+:8], w_ov5640_reg[(178*24)+1*8+:8], w_ov5640_reg[(178*24)+2*8+:8]}	= 24'h53825b;
assign	{w_ov5640_reg[(179*24)+0*8+:8], w_ov5640_reg[(179*24)+1*8+:8], w_ov5640_reg[(179*24)+2*8+:8]}	= 24'h538308;
assign	{w_ov5640_reg[(180*24)+0*8+:8], w_ov5640_reg[(180*24)+1*8+:8], w_ov5640_reg[(180*24)+2*8+:8]}	= 24'h53840a;
assign	{w_ov5640_reg[(181*24)+0*8+:8], w_ov5640_reg[(181*24)+1*8+:8], w_ov5640_reg[(181*24)+2*8+:8]}	= 24'h53857e;
assign	{w_ov5640_reg[(182*24)+0*8+:8], w_ov5640_reg[(182*24)+1*8+:8], w_ov5640_reg[(182*24)+2*8+:8]}	= 24'h538688;
assign	{w_ov5640_reg[(183*24)+0*8+:8], w_ov5640_reg[(183*24)+1*8+:8], w_ov5640_reg[(183*24)+2*8+:8]}	= 24'h53877c;
assign	{w_ov5640_reg[(184*24)+0*8+:8], w_ov5640_reg[(184*24)+1*8+:8], w_ov5640_reg[(184*24)+2*8+:8]}	= 24'h53886c;
assign	{w_ov5640_reg[(185*24)+0*8+:8], w_ov5640_reg[(185*24)+1*8+:8], w_ov5640_reg[(185*24)+2*8+:8]}	= 24'h538910;
assign	{w_ov5640_reg[(186*24)+0*8+:8], w_ov5640_reg[(186*24)+1*8+:8], w_ov5640_reg[(186*24)+2*8+:8]}	= 24'h538a01;
assign	{w_ov5640_reg[(187*24)+0*8+:8], w_ov5640_reg[(187*24)+1*8+:8], w_ov5640_reg[(187*24)+2*8+:8]}	= 24'h538b98;
// UV adjsut
assign	{w_ov5640_reg[(188*24)+0*8+:8], w_ov5640_reg[(188*24)+1*8+:8], w_ov5640_reg[(188*24)+2*8+:8]}	= 24'h558006;
assign	{w_ov5640_reg[(189*24)+0*8+:8], w_ov5640_reg[(189*24)+1*8+:8], w_ov5640_reg[(189*24)+2*8+:8]}	= 24'h558340;
assign	{w_ov5640_reg[(190*24)+0*8+:8], w_ov5640_reg[(190*24)+1*8+:8], w_ov5640_reg[(190*24)+2*8+:8]}	= 24'h558410;
assign	{w_ov5640_reg[(191*24)+0*8+:8], w_ov5640_reg[(191*24)+1*8+:8], w_ov5640_reg[(191*24)+2*8+:8]}	= 24'h558910;
assign	{w_ov5640_reg[(192*24)+0*8+:8], w_ov5640_reg[(192*24)+1*8+:8], w_ov5640_reg[(192*24)+2*8+:8]}	= 24'h558a00;
assign	{w_ov5640_reg[(193*24)+0*8+:8], w_ov5640_reg[(193*24)+1*8+:8], w_ov5640_reg[(193*24)+2*8+:8]}	= 24'h558bf8;
assign	{w_ov5640_reg[(194*24)+0*8+:8], w_ov5640_reg[(194*24)+1*8+:8], w_ov5640_reg[(194*24)+2*8+:8]}	= 24'h501d40;
// CIP
assign	{w_ov5640_reg[(195*24)+0*8+:8], w_ov5640_reg[(195*24)+1*8+:8], w_ov5640_reg[(195*24)+2*8+:8]}	= 24'h530008;
assign	{w_ov5640_reg[(196*24)+0*8+:8], w_ov5640_reg[(196*24)+1*8+:8], w_ov5640_reg[(196*24)+2*8+:8]}	= 24'h530130;
assign	{w_ov5640_reg[(197*24)+0*8+:8], w_ov5640_reg[(197*24)+1*8+:8], w_ov5640_reg[(197*24)+2*8+:8]}	= 24'h530210;
assign	{w_ov5640_reg[(198*24)+0*8+:8], w_ov5640_reg[(198*24)+1*8+:8], w_ov5640_reg[(198*24)+2*8+:8]}	= 24'h530300;
assign	{w_ov5640_reg[(199*24)+0*8+:8], w_ov5640_reg[(199*24)+1*8+:8], w_ov5640_reg[(199*24)+2*8+:8]}	= 24'h530408;
assign	{w_ov5640_reg[(200*24)+0*8+:8], w_ov5640_reg[(200*24)+1*8+:8], w_ov5640_reg[(200*24)+2*8+:8]}	= 24'h530530;
assign	{w_ov5640_reg[(201*24)+0*8+:8], w_ov5640_reg[(201*24)+1*8+:8], w_ov5640_reg[(201*24)+2*8+:8]}	= 24'h530608;
assign	{w_ov5640_reg[(202*24)+0*8+:8], w_ov5640_reg[(202*24)+1*8+:8], w_ov5640_reg[(202*24)+2*8+:8]}	= 24'h530716;
assign	{w_ov5640_reg[(203*24)+0*8+:8], w_ov5640_reg[(203*24)+1*8+:8], w_ov5640_reg[(203*24)+2*8+:8]}	= 24'h530908;
assign	{w_ov5640_reg[(204*24)+0*8+:8], w_ov5640_reg[(204*24)+1*8+:8], w_ov5640_reg[(204*24)+2*8+:8]}	= 24'h530a30;
assign	{w_ov5640_reg[(205*24)+0*8+:8], w_ov5640_reg[(205*24)+1*8+:8], w_ov5640_reg[(205*24)+2*8+:8]}	= 24'h530b04;
assign	{w_ov5640_reg[(206*24)+0*8+:8], w_ov5640_reg[(206*24)+1*8+:8], w_ov5640_reg[(206*24)+2*8+:8]}	= 24'h530c06;
assign	{w_ov5640_reg[(207*24)+0*8+:8], w_ov5640_reg[(207*24)+1*8+:8], w_ov5640_reg[(207*24)+2*8+:8]}	= 24'h502500;
assign	{w_ov5640_reg[(208*24)+0*8+:8], w_ov5640_reg[(208*24)+1*8+:8], w_ov5640_reg[(208*24)+2*8+:8]}	= 24'h300802;

//720p
assign	{w_ov5640_reg[(209*24)+0*8+:8], w_ov5640_reg[(209*24)+1*8+:8], w_ov5640_reg[(209*24)+2*8+:8]}	= 24'h303511;
assign	{w_ov5640_reg[(210*24)+0*8+:8], w_ov5640_reg[(210*24)+1*8+:8], w_ov5640_reg[(210*24)+2*8+:8]}	= 24'h30365D;
assign	{w_ov5640_reg[(211*24)+0*8+:8], w_ov5640_reg[(211*24)+1*8+:8], w_ov5640_reg[(211*24)+2*8+:8]}	= 24'h3c0707;
assign	{w_ov5640_reg[(212*24)+0*8+:8], w_ov5640_reg[(212*24)+1*8+:8], w_ov5640_reg[(212*24)+2*8+:8]}	= 24'h382047;
assign	{w_ov5640_reg[(213*24)+0*8+:8], w_ov5640_reg[(213*24)+1*8+:8], w_ov5640_reg[(213*24)+2*8+:8]}	= 24'h382107;
assign	{w_ov5640_reg[(214*24)+0*8+:8], w_ov5640_reg[(214*24)+1*8+:8], w_ov5640_reg[(214*24)+2*8+:8]}	= 24'h381431;
assign	{w_ov5640_reg[(215*24)+0*8+:8], w_ov5640_reg[(215*24)+1*8+:8], w_ov5640_reg[(215*24)+2*8+:8]}	= 24'h381531;
assign	{w_ov5640_reg[(216*24)+0*8+:8], w_ov5640_reg[(216*24)+1*8+:8], w_ov5640_reg[(216*24)+2*8+:8]}	= 24'h380000;
assign	{w_ov5640_reg[(217*24)+0*8+:8], w_ov5640_reg[(217*24)+1*8+:8], w_ov5640_reg[(217*24)+2*8+:8]}	= 24'h380100;
assign	{w_ov5640_reg[(218*24)+0*8+:8], w_ov5640_reg[(218*24)+1*8+:8], w_ov5640_reg[(218*24)+2*8+:8]}	= 24'h380200;
assign	{w_ov5640_reg[(219*24)+0*8+:8], w_ov5640_reg[(219*24)+1*8+:8], w_ov5640_reg[(219*24)+2*8+:8]}	= 24'h3803fa;
assign	{w_ov5640_reg[(220*24)+0*8+:8], w_ov5640_reg[(220*24)+1*8+:8], w_ov5640_reg[(220*24)+2*8+:8]}	= 24'h38040a;
assign	{w_ov5640_reg[(221*24)+0*8+:8], w_ov5640_reg[(221*24)+1*8+:8], w_ov5640_reg[(221*24)+2*8+:8]}	= 24'h38053f;
assign	{w_ov5640_reg[(222*24)+0*8+:8], w_ov5640_reg[(222*24)+1*8+:8], w_ov5640_reg[(222*24)+2*8+:8]}	= 24'h380606;
assign	{w_ov5640_reg[(223*24)+0*8+:8], w_ov5640_reg[(223*24)+1*8+:8], w_ov5640_reg[(223*24)+2*8+:8]}	= 24'h3807a9;
assign	{w_ov5640_reg[(224*24)+0*8+:8], w_ov5640_reg[(224*24)+1*8+:8], w_ov5640_reg[(224*24)+2*8+:8]}	= 24'h380805;
assign	{w_ov5640_reg[(225*24)+0*8+:8], w_ov5640_reg[(225*24)+1*8+:8], w_ov5640_reg[(225*24)+2*8+:8]}	= 24'h380900;
assign	{w_ov5640_reg[(226*24)+0*8+:8], w_ov5640_reg[(226*24)+1*8+:8], w_ov5640_reg[(226*24)+2*8+:8]}	= 24'h380a02;
assign	{w_ov5640_reg[(227*24)+0*8+:8], w_ov5640_reg[(227*24)+1*8+:8], w_ov5640_reg[(227*24)+2*8+:8]}	= 24'h380bd0;
assign	{w_ov5640_reg[(228*24)+0*8+:8], w_ov5640_reg[(228*24)+1*8+:8], w_ov5640_reg[(228*24)+2*8+:8]}	= 24'h380c06;
assign	{w_ov5640_reg[(229*24)+0*8+:8], w_ov5640_reg[(229*24)+1*8+:8], w_ov5640_reg[(229*24)+2*8+:8]}	= 24'h380d72;
assign	{w_ov5640_reg[(230*24)+0*8+:8], w_ov5640_reg[(230*24)+1*8+:8], w_ov5640_reg[(230*24)+2*8+:8]}	= 24'h380e02;
assign	{w_ov5640_reg[(231*24)+0*8+:8], w_ov5640_reg[(231*24)+1*8+:8], w_ov5640_reg[(231*24)+2*8+:8]}	= 24'h380fee;
assign	{w_ov5640_reg[(232*24)+0*8+:8], w_ov5640_reg[(232*24)+1*8+:8], w_ov5640_reg[(232*24)+2*8+:8]}	= 24'h381302;
assign	{w_ov5640_reg[(233*24)+0*8+:8], w_ov5640_reg[(233*24)+1*8+:8], w_ov5640_reg[(233*24)+2*8+:8]}	= 24'h361800;
assign	{w_ov5640_reg[(234*24)+0*8+:8], w_ov5640_reg[(234*24)+1*8+:8], w_ov5640_reg[(234*24)+2*8+:8]}	= 24'h361229;
assign	{w_ov5640_reg[(235*24)+0*8+:8], w_ov5640_reg[(235*24)+1*8+:8], w_ov5640_reg[(235*24)+2*8+:8]}	= 24'h370952;
assign	{w_ov5640_reg[(236*24)+0*8+:8], w_ov5640_reg[(236*24)+1*8+:8], w_ov5640_reg[(236*24)+2*8+:8]}	= 24'h370c03;
assign	{w_ov5640_reg[(237*24)+0*8+:8], w_ov5640_reg[(237*24)+1*8+:8], w_ov5640_reg[(237*24)+2*8+:8]}	= 24'h3a0202;
assign	{w_ov5640_reg[(238*24)+0*8+:8], w_ov5640_reg[(238*24)+1*8+:8], w_ov5640_reg[(238*24)+2*8+:8]}	= 24'h3a03e0;
assign	{w_ov5640_reg[(239*24)+0*8+:8], w_ov5640_reg[(239*24)+1*8+:8], w_ov5640_reg[(239*24)+2*8+:8]}	= 24'h3a0800;
assign	{w_ov5640_reg[(240*24)+0*8+:8], w_ov5640_reg[(240*24)+1*8+:8], w_ov5640_reg[(240*24)+2*8+:8]}	= 24'h3a096f;
assign	{w_ov5640_reg[(241*24)+0*8+:8], w_ov5640_reg[(241*24)+1*8+:8], w_ov5640_reg[(241*24)+2*8+:8]}	= 24'h3a0a00;
assign	{w_ov5640_reg[(242*24)+0*8+:8], w_ov5640_reg[(242*24)+1*8+:8], w_ov5640_reg[(242*24)+2*8+:8]}	= 24'h3a0b5c;
assign	{w_ov5640_reg[(243*24)+0*8+:8], w_ov5640_reg[(243*24)+1*8+:8], w_ov5640_reg[(243*24)+2*8+:8]}	= 24'h3a0e06;
assign	{w_ov5640_reg[(244*24)+0*8+:8], w_ov5640_reg[(244*24)+1*8+:8], w_ov5640_reg[(244*24)+2*8+:8]}	= 24'h3a0d08;
assign	{w_ov5640_reg[(245*24)+0*8+:8], w_ov5640_reg[(245*24)+1*8+:8], w_ov5640_reg[(245*24)+2*8+:8]}	= 24'h3a1402;
assign	{w_ov5640_reg[(246*24)+0*8+:8], w_ov5640_reg[(246*24)+1*8+:8], w_ov5640_reg[(246*24)+2*8+:8]}	= 24'h3a15e0;
assign	{w_ov5640_reg[(247*24)+0*8+:8], w_ov5640_reg[(247*24)+1*8+:8], w_ov5640_reg[(247*24)+2*8+:8]}	= 24'h400402;
assign	{w_ov5640_reg[(248*24)+0*8+:8], w_ov5640_reg[(248*24)+1*8+:8], w_ov5640_reg[(248*24)+2*8+:8]}	= 24'h30021c;
assign	{w_ov5640_reg[(249*24)+0*8+:8], w_ov5640_reg[(249*24)+1*8+:8], w_ov5640_reg[(249*24)+2*8+:8]}	= 24'h3006c3;
assign	{w_ov5640_reg[(250*24)+0*8+:8], w_ov5640_reg[(250*24)+1*8+:8], w_ov5640_reg[(250*24)+2*8+:8]}	= 24'h471303;
assign	{w_ov5640_reg[(251*24)+0*8+:8], w_ov5640_reg[(251*24)+1*8+:8], w_ov5640_reg[(251*24)+2*8+:8]}	= 24'h440704;
assign	{w_ov5640_reg[(252*24)+0*8+:8], w_ov5640_reg[(252*24)+1*8+:8], w_ov5640_reg[(252*24)+2*8+:8]}	= 24'h460b37;
assign	{w_ov5640_reg[(253*24)+0*8+:8], w_ov5640_reg[(253*24)+1*8+:8], w_ov5640_reg[(253*24)+2*8+:8]}	= 24'h460c20;
assign	{w_ov5640_reg[(254*24)+0*8+:8], w_ov5640_reg[(254*24)+1*8+:8], w_ov5640_reg[(254*24)+2*8+:8]}	= 24'h483716;
assign	{w_ov5640_reg[(255*24)+0*8+:8], w_ov5640_reg[(255*24)+1*8+:8], w_ov5640_reg[(255*24)+2*8+:8]}	= 24'h382404;
assign	{w_ov5640_reg[(256*24)+0*8+:8], w_ov5640_reg[(256*24)+1*8+:8], w_ov5640_reg[(256*24)+2*8+:8]}	= 24'h500183;
assign	{w_ov5640_reg[(257*24)+0*8+:8], w_ov5640_reg[(257*24)+1*8+:8], w_ov5640_reg[(257*24)+2*8+:8]}	= 24'h350300;
assign	{w_ov5640_reg[(258*24)+0*8+:8], w_ov5640_reg[(258*24)+1*8+:8], w_ov5640_reg[(258*24)+2*8+:8]}	= 24'h301602;
assign	{w_ov5640_reg[(259*24)+0*8+:8], w_ov5640_reg[(259*24)+1*8+:8], w_ov5640_reg[(259*24)+2*8+:8]}	= 24'h3b070a;
assign	{w_ov5640_reg[(260*24)+0*8+:8], w_ov5640_reg[(260*24)+1*8+:8], w_ov5640_reg[(260*24)+2*8+:8]}	= 24'h503d00;
assign	{w_ov5640_reg[(261*24)+0*8+:8], w_ov5640_reg[(261*24)+1*8+:8], w_ov5640_reg[(261*24)+2*8+:8]}	= 24'h474100;
assign	{w_ov5640_reg[(262*24)+0*8+:8], w_ov5640_reg[(262*24)+1*8+:8], w_ov5640_reg[(262*24)+2*8+:8]}	= 24'h470905;
assign	w_ov5640_reg[8191:263*24]	= {848{1'b0}};

assign	o_data	= w_ov5640_reg[i_addr*8+:8];

endmodule